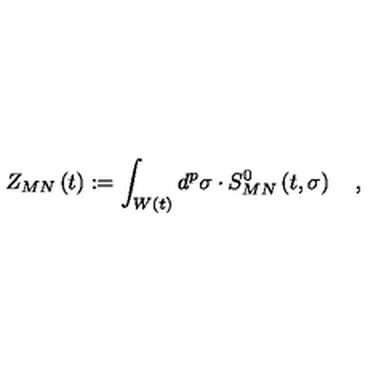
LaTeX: Z _ { M N } \left( t \right) : = \int _ { W \left( t \right) } d ^ { p } \sigma \cdot S _ { M N } ^ { 0 } \left( t , \sigma \right) \quad ,